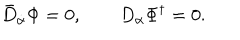
\bar { D } _ { \dot { \alpha } } \Phi = 0 , \qquad D _ { \alpha } \Phi ^ { \dagger } = 0 .